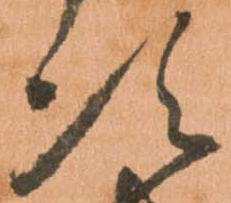
次